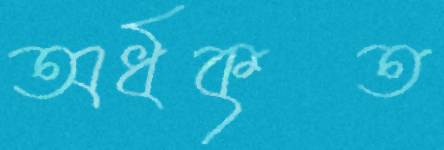
অর্ধকৃত